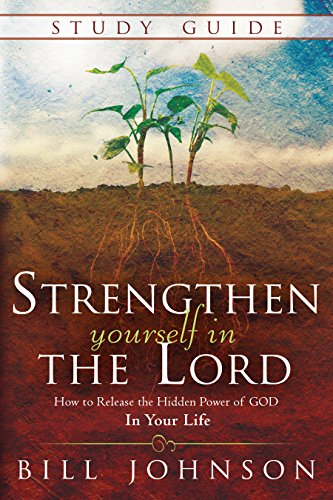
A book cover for Strengthen Yourself in the Lord Study Guide: How to Release the Hidden Power of God in Your Life; Bill Johnson; Christian Books & Bibles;